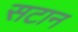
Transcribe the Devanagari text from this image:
सटान